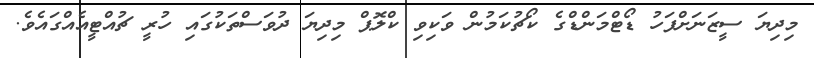
މިދިޔަ ސީޒަނަށްފަހު ޑޯޓްމަންޑްގެ ކޯޗުކަމުން ވަކިވި ކްލޮޕް މިދިޔަ ދުވަސްތަކުގައި ހުރީ ޗުއްޓީއެއްގައެވެ.